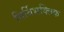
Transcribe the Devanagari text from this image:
निर्विभक्तिक